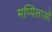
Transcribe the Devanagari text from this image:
मप्पिलाओं